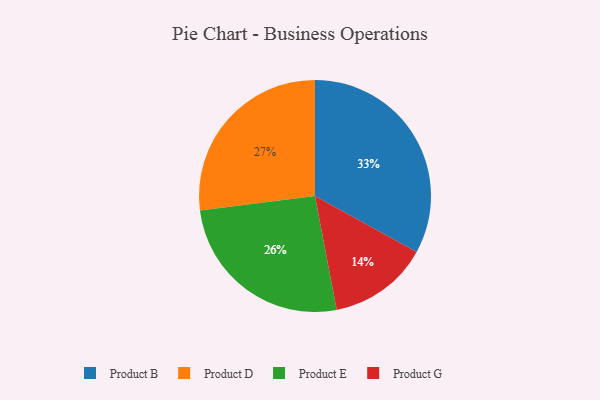
{"axis": {"x": "Category", "y": "Percentage"}, "legend": ["Product B", "Product D", "Product E", "Product G"], "data": [{"x": "Product G", "y": 14, "type": "Product G"}, {"x": "Product D", "y": 27, "type": "Product D"}, {"x": "Product B", "y": 33, "type": "Product B"}, {"x": "Product E", "y": 26, "type": "Product E"}]}